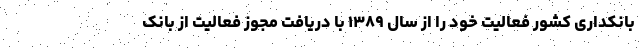
بانکداری کشور فعالیت خود را از سال ۱۳۸۹ با دریافت مجوز فعالیت از بانک